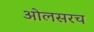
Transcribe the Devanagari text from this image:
ओलसरच